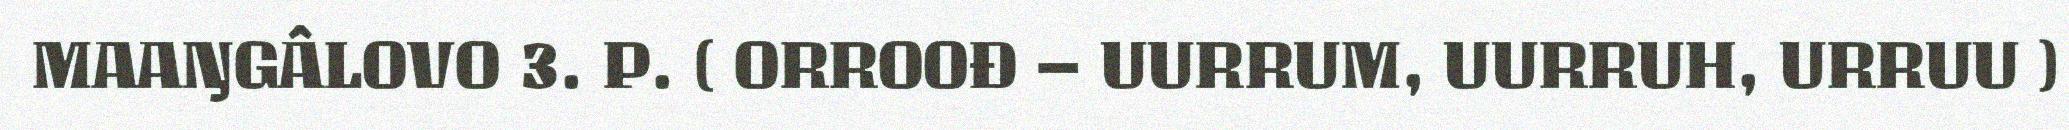
MAAŊGÂLOVO 3. P. ( ORROOĐ – UURRUM, UURRUH, URRUU )